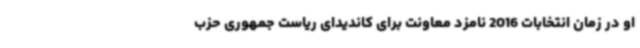
او در زمان انتخابات 2016 نامزد معاونت برای کاندیدای ریاست جمهوری حزب